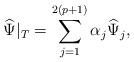
LaTeX: \begin{align*} \widehat \Psi|_T = \sum_{j=1}^{2(p+1)} \alpha_j \widehat\Psi_j,\end{align*}